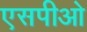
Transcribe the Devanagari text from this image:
एसपीओ